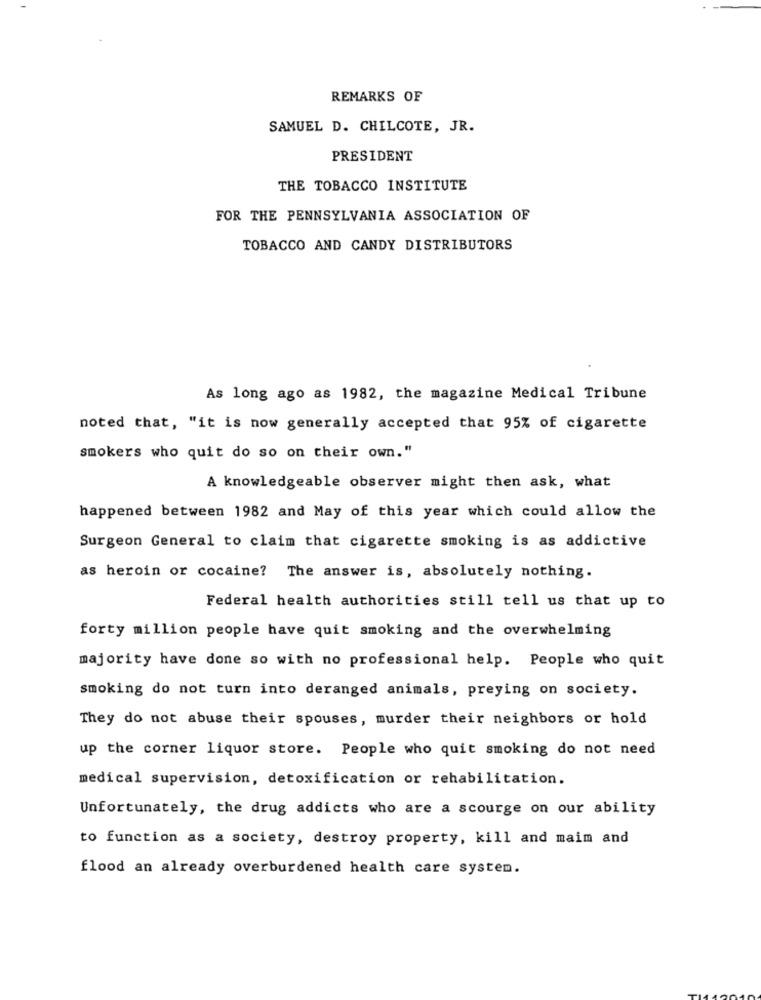
REMARKS OF
SAMUEL D. CHILCOTE, JR.
PRESIDENT
THE TOBACCO INSTITUTE
FOR THE PENNSYLVANIA ASSOCIATION OF
TOBACCO AND CANDY DISTRIBUTORS
As long ago as 1982, the magazine Medical Tribune
noted that, "it is now generally accepted that 95% of cigarette
smokers who quit do so on their own."
A knowledgeable observer might then ask, what
happened between 1982 and May of this year which could allow the
Surgeon General to claim that cigarette smoking is as addictive
as heroin or cocaine? The answer is, absolutely nothing.
Federal health authorities still tell us that up to
forty million people have quit smoking and the overwhelming
majority have done so with no professional help. People who quit
smoking do not turn into deranged animals, preying on society.
They do not abuse their spouses, murder their neighbors or hold
up the corner liquor store. People who quit smoking do not need
medical supervision, detoxification or rehabilitation.
Unfortunately, the drug addicts who are a scourge on our ability
to function as a society, destroy property, kill and maim and
flood an already overburdened health care system.